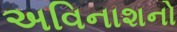
અવિનાશનો